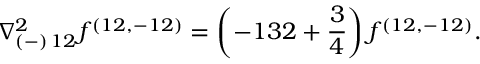
{ \nabla _ { ( - ) \, 1 2 } ^ { 2 } f ^ { ( 1 2 , - 1 2 ) } = \left( - 1 3 2 + { \frac { 3 } { 4 } } \right) f ^ { ( 1 2 , - 1 2 ) } . }